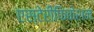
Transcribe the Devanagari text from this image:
एस्टेरीफिकेशन